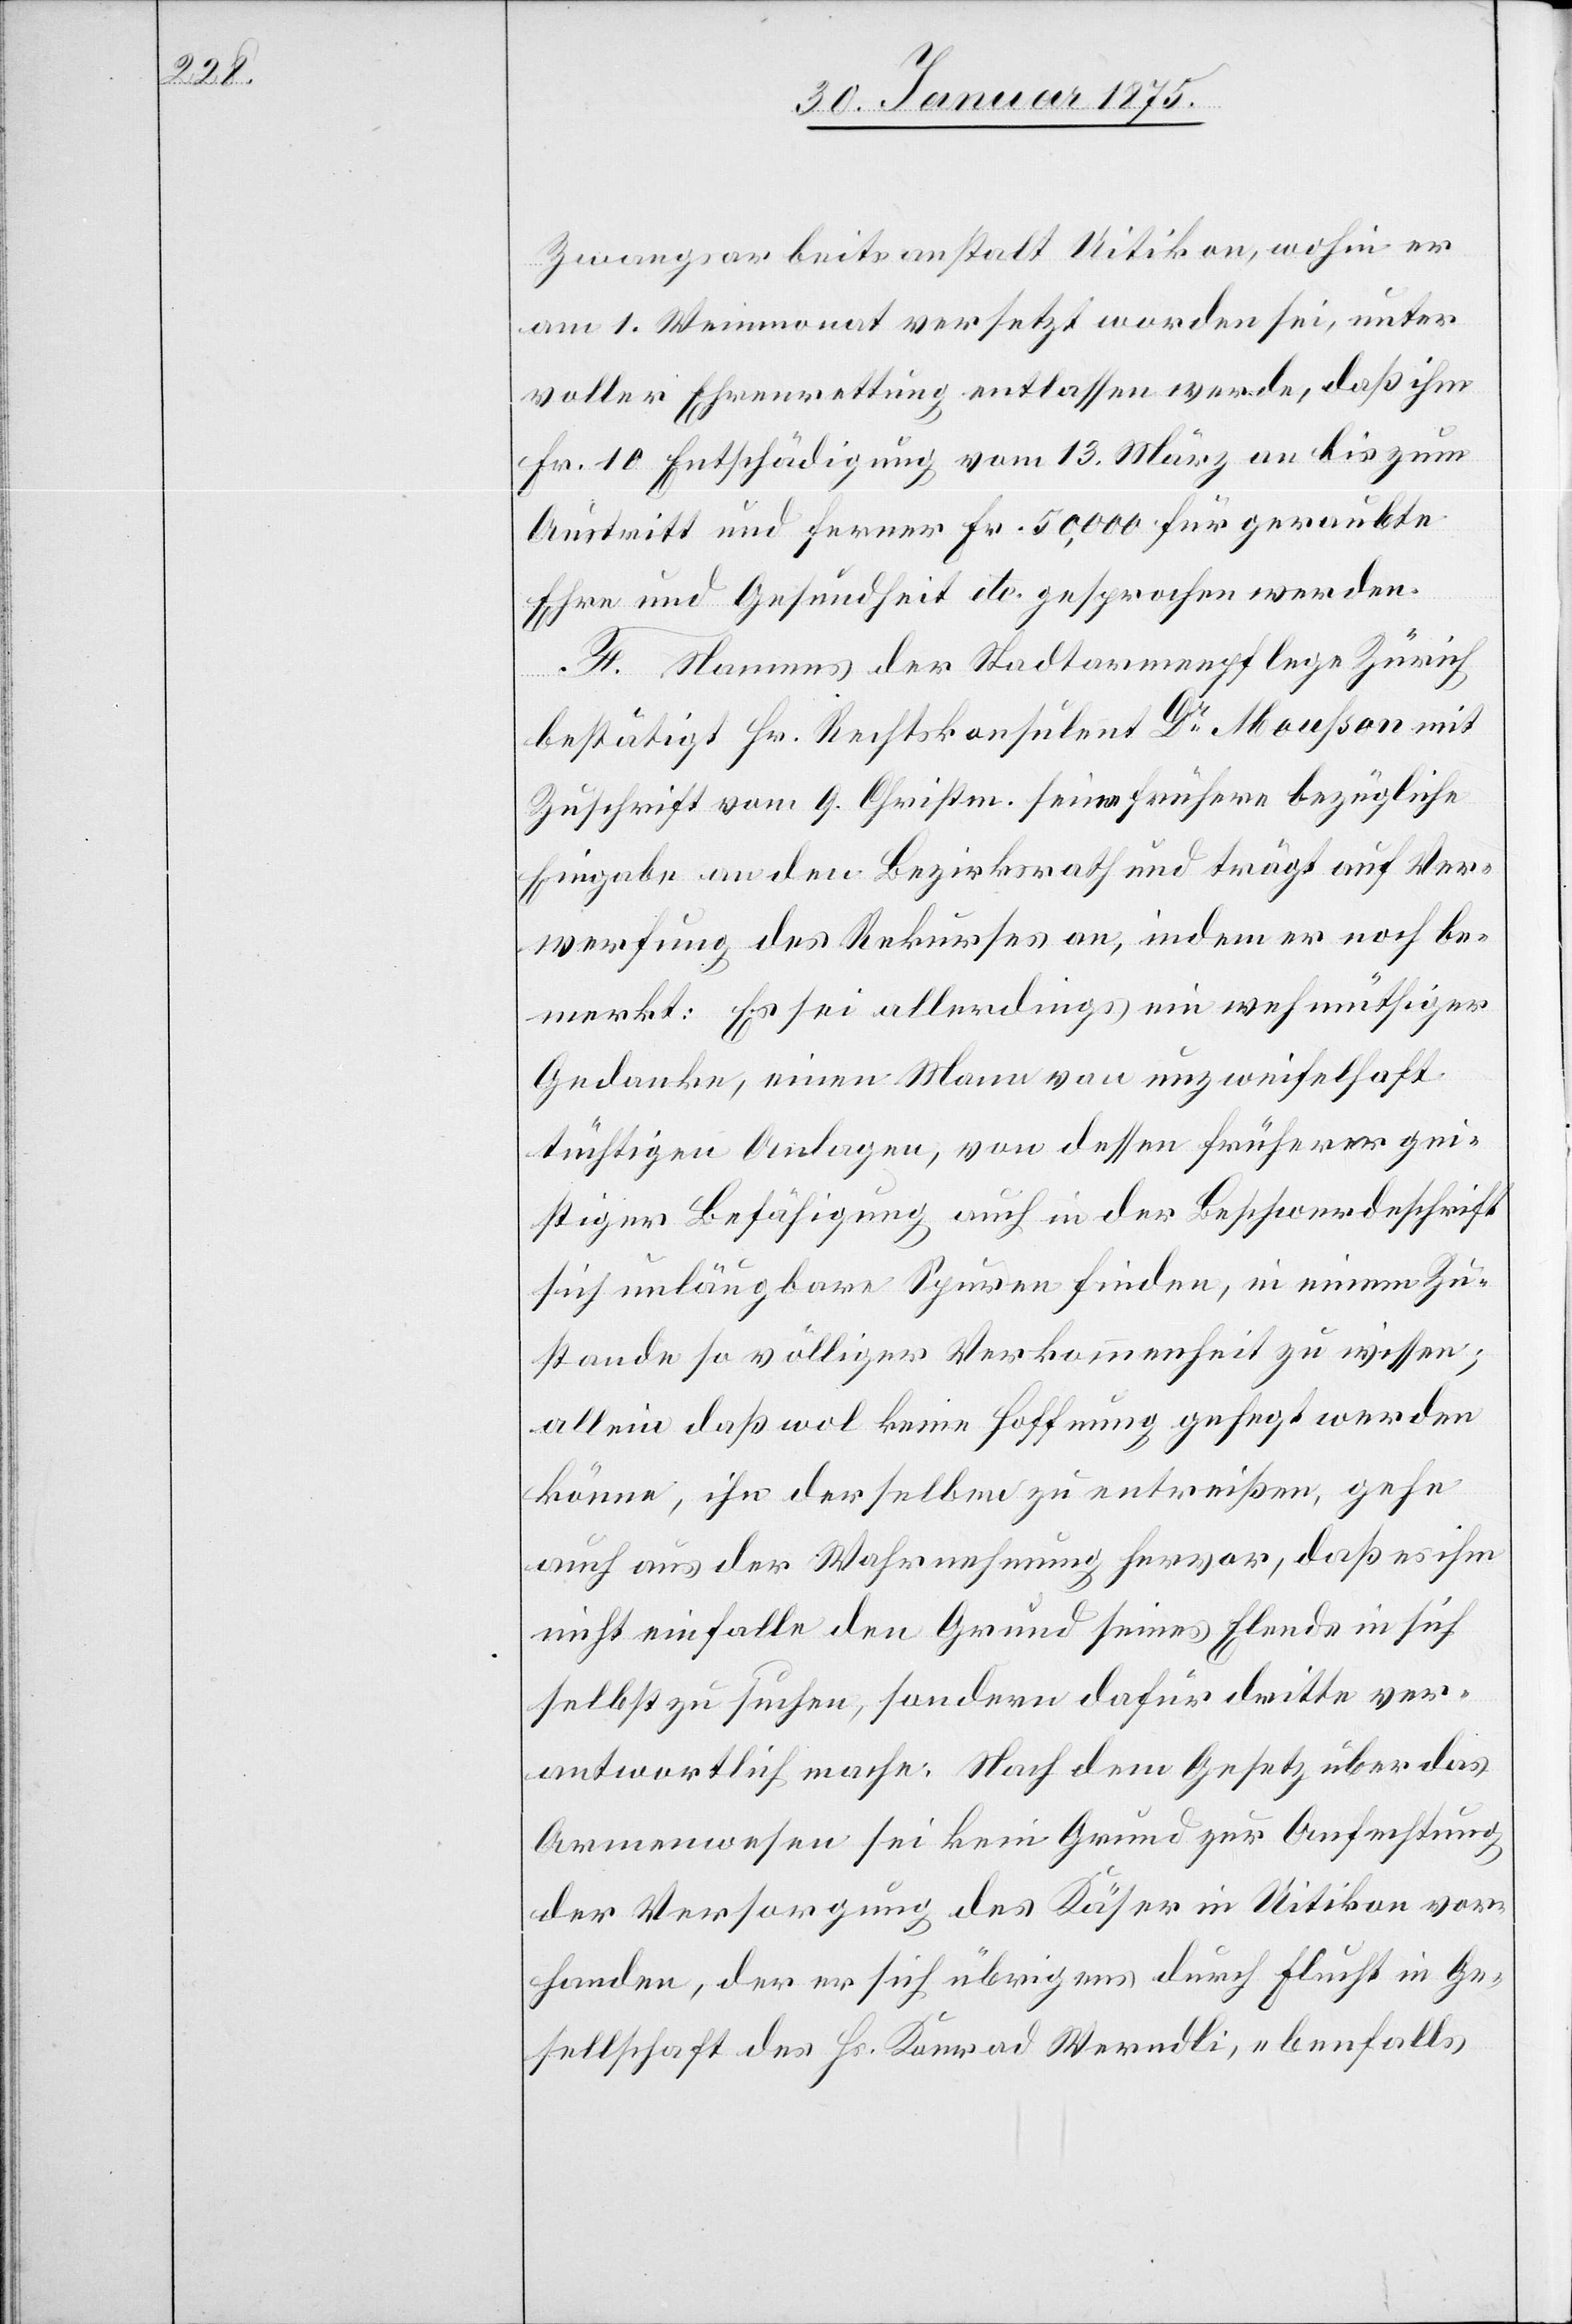
Zwangsarbeitsanstalt Uitikon, wohin er
am 1. Weinmonat versetzt worden sei, unter
voller Ehrenrettung entlassen werde, daß ihm
Fr. 10 Entschädigung vom 13. März an bis zum
Austritt und ferner Fr. 50,000 für geraubte
Ehre und Gesundheit etc. [zu]gesprochen werden.
F. Namens der Stadtarmenpflege Zürich
bestätigt Hr. Rechtskonsulent Dr Mousson mit
Zuschrift vom 9. Christm. eine frühere bezügliche
Eingabe an den Bezirksrath und trägt auf Ver¬
werfung des Rekurses an, indem er noch be¬
merkt: Es sei allerdings ein wehmütiger
Gedanke, einen Mann von unzweifelhaft
tüchtigen Anlagen, von dessen früherer gei¬
stiger Beschäftigung auch in der Beschwerdeschrift
sich unläugbare Spuren finden, in einem Zu¬
stande so völliger Verkommenheit zu wissen;
allein daß wol keine Hoffnung gehegt werden
könne, ihn derselben zu entreißen, gehe
auch aus der Wahrnehmung hervor, daß es ihm
nicht einfalle den Grund seines Elends in sich
selbst zu suchen, sondern dafür Dritte ver¬
antwortlich mache: Nach dem Gesetz über das
Armenwesen sei kein Grund zur Anfechtung
der Versorgung des Käser in Uitikon vor¬
handen, der er ich übrigens durch Flucht in Ge¬
sellschaft des Hs. Konrad Werndli, ebenfalls